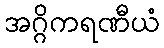
အဂ္ဂိကရဏီယံ